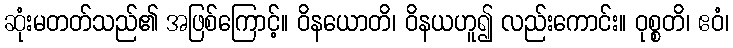
ဆုံးမတတ်သည်၏ အဖြစ်ကြောင့်။ ဝိနယောတိ၊ ဝိနယဟူ၍ လည်းကောင်း။ ဝုစ္စတိ၊ ဧဝံ၊